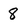
Character: 8